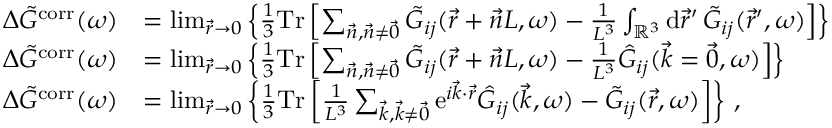
\begin{array} { r l } { \Delta \Tilde { G } ^ { \mathrm { c o r r } } ( \omega ) } & { = \operatorname* { l i m } _ { \vec { r } \to 0 } \left\{ \frac { 1 } { 3 } \mathrm { T r } \left[ \sum _ { \vec { n } , \vec { n } \neq \vec { 0 } } \Tilde { G } _ { i j } ( \vec { r } + \vec { n } L , \omega ) - \frac { 1 } { L ^ { 3 } } \int _ { \mathbb { R } ^ { 3 } } \mathrm { d } \vec { r } ^ { \prime } \, \Tilde { G } _ { i j } ( \vec { r } ^ { \prime } , \omega ) \right] \right\} } \\ { \Delta \Tilde { G } ^ { \mathrm { c o r r } } ( \omega ) } & { = \operatorname* { l i m } _ { \vec { r } \to 0 } \left\{ \frac { 1 } { 3 } \mathrm { T r } \left[ \sum _ { \vec { n } , \vec { n } \neq \vec { 0 } } \Tilde { G } _ { i j } ( \vec { r } + \vec { n } L , \omega ) - \frac { 1 } { L ^ { 3 } } \Hat { G } _ { i j } ( \vec { k } = \vec { 0 } , \omega ) \right] \right\} } \\ { \Delta \Tilde { G } ^ { \mathrm { c o r r } } ( \omega ) } & { = \operatorname* { l i m } _ { \vec { r } \to 0 } \left\{ \frac { 1 } { 3 } \mathrm { T r } \left[ \frac { 1 } { L ^ { 3 } } \sum _ { \vec { k } , \vec { k } \neq \vec { 0 } } \mathrm { e } ^ { i \vec { k } \cdot \vec { r } } \Hat { G } _ { i j } ( \vec { k } , \omega ) - \Tilde { G } _ { i j } ( \vec { r } , \omega ) \right] \right\} \, , } \end{array}